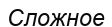
Сложное